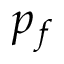
p _ { f }